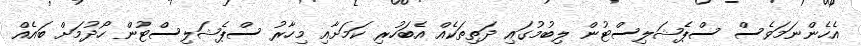
އެހެންނަމަވެސް ސްޕެޝަލިސްޓުން ލިބުމުގައި ދަތިތަކެއް އެބަހުރި ކަމަށާއި މިހާރު ސްޕެޝަލިސްޓުން ހޯދުމަށް ބައެއް